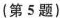
第5题